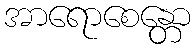
အာရောစေန္တော